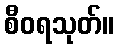
စီဝရသုတ်။